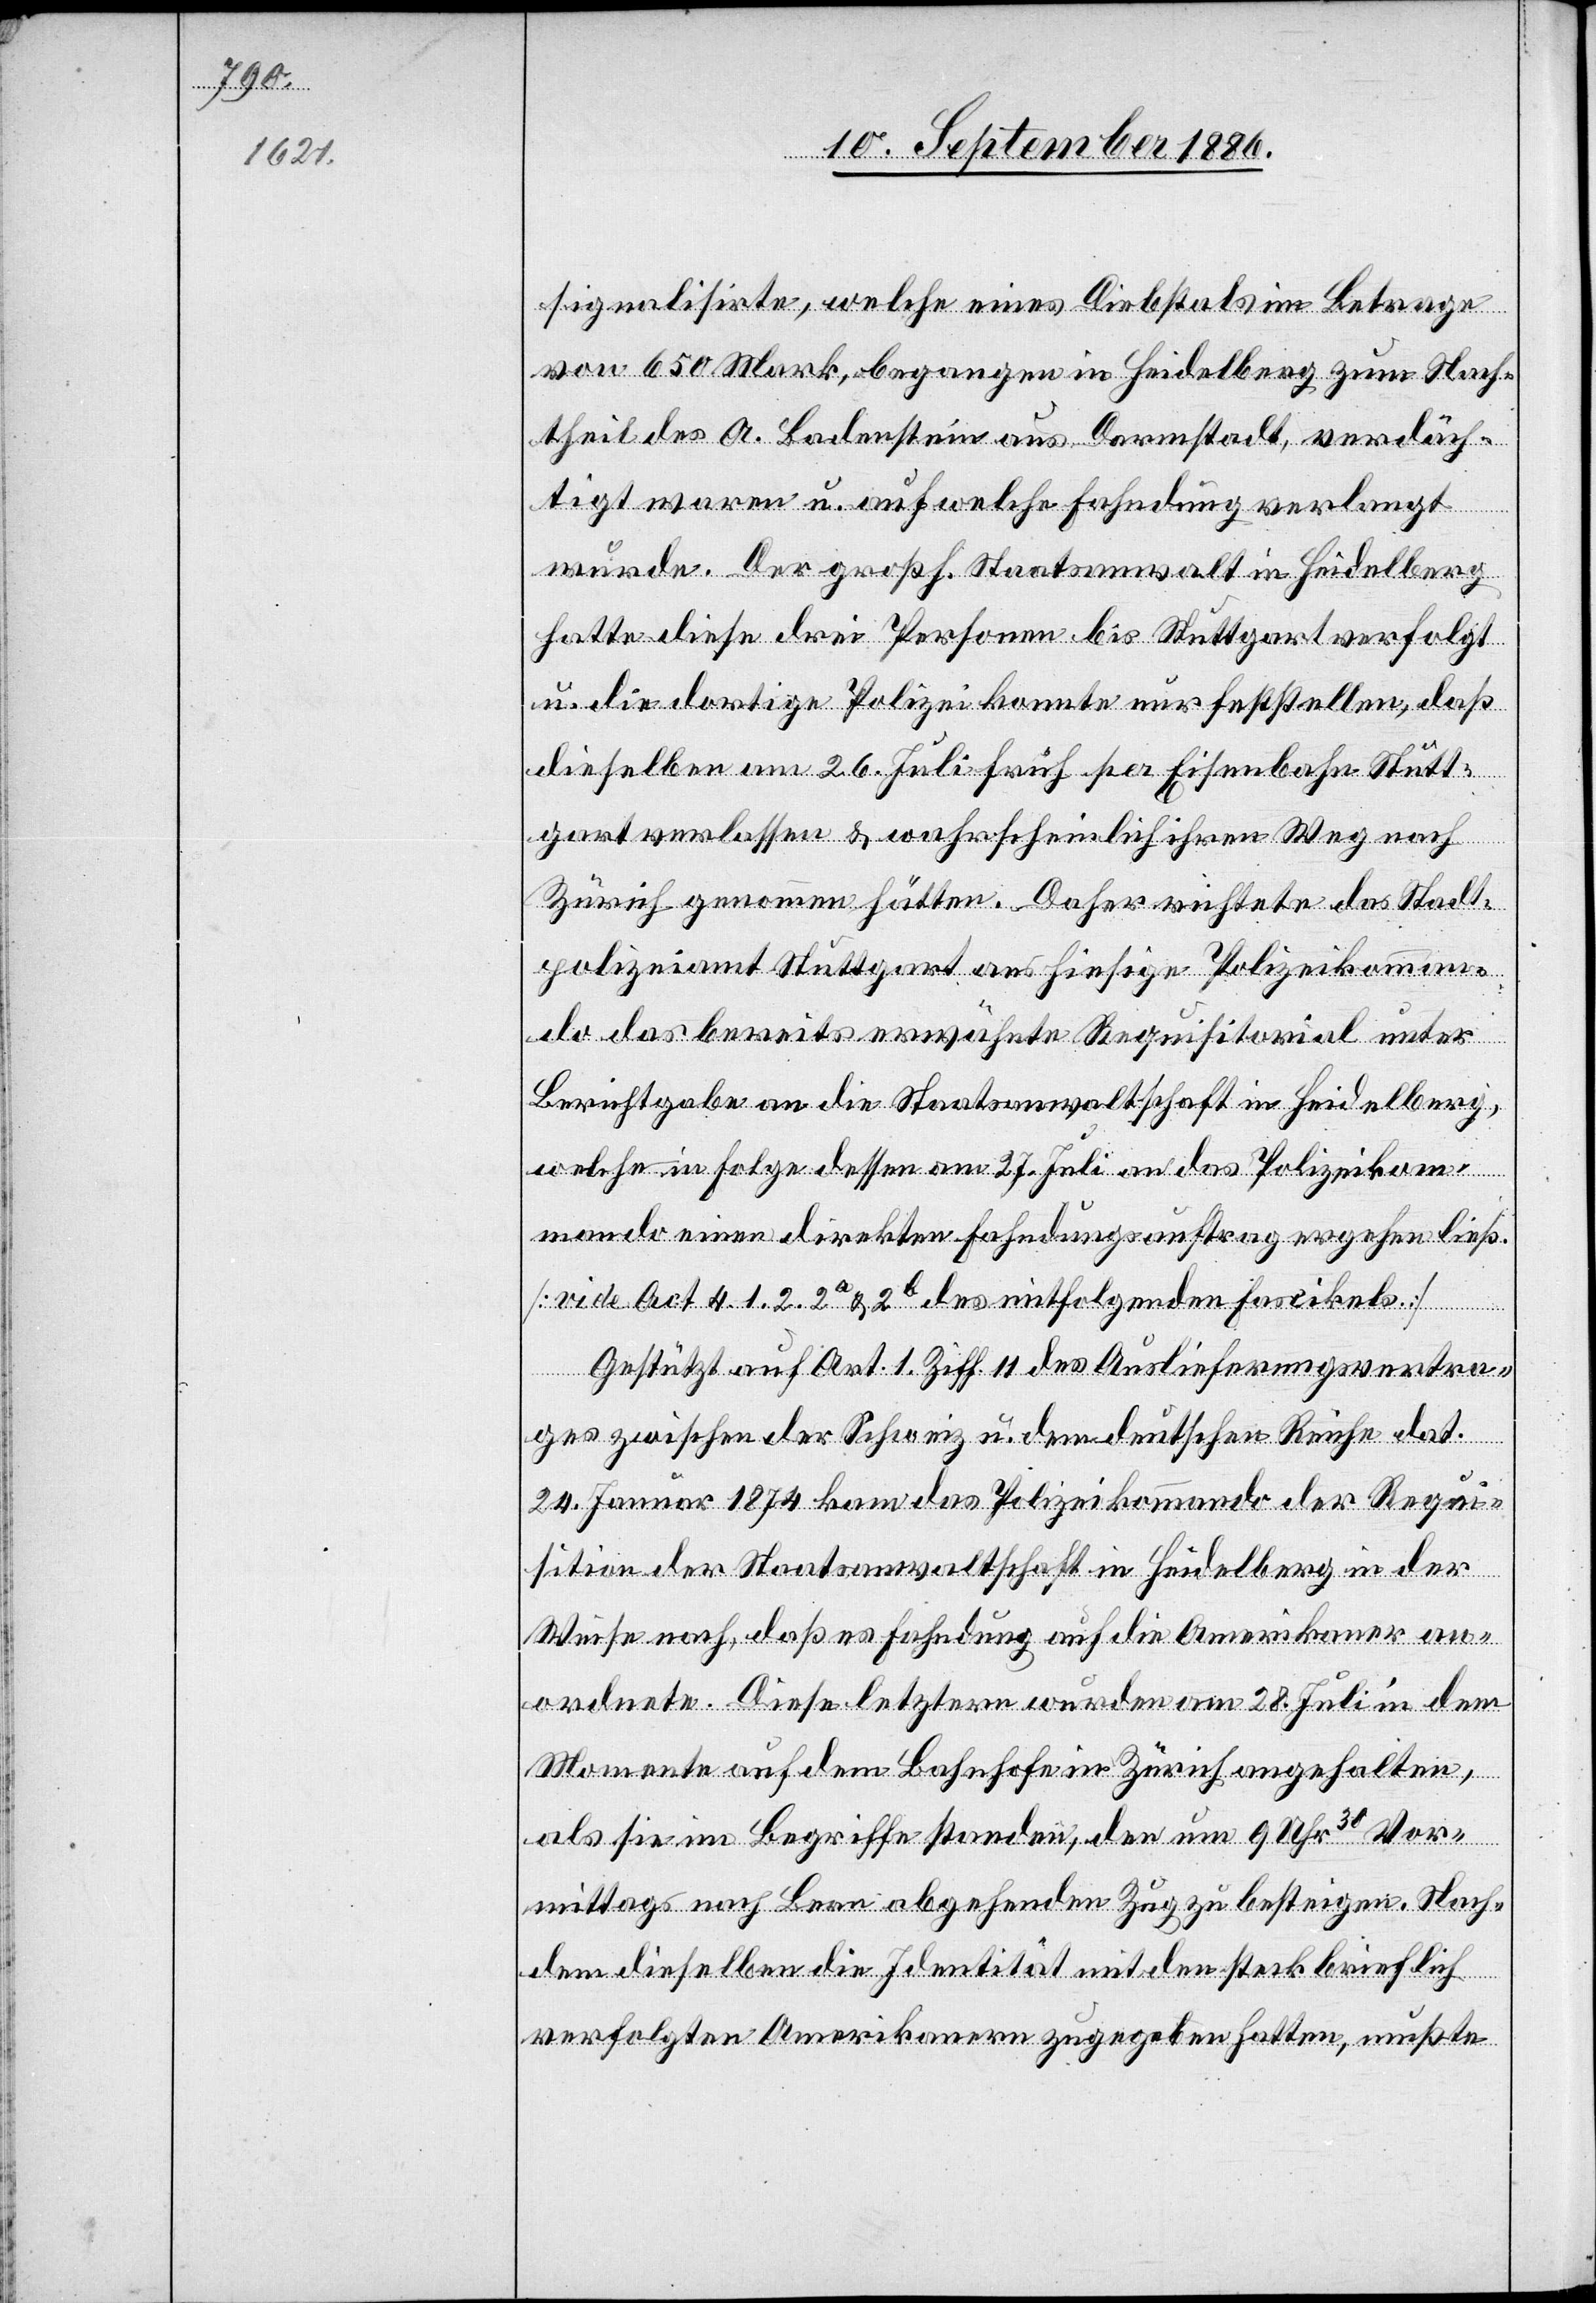
signalisirte, welche eines Diebstals im Betrage
von 650 Mark, begangen in Heidelberg zum Nach¬
theil des A. Badenstein aus Darmstadt, verdäch¬
tigt waren u. auf welche Fahndung verlangt
wurde. Der großh. Staatsanwalt in Heidelberg
hatte diese drei Personen bis Stuttgart verfolgt
u. die dortige Polizei konnte nur feststellen, daß
dieselben am 26. Juli früh per Eisenbahn Stutt¬
gart verlassen & wahrscheinlich ihren Weg nach
Zürich genommen hätten. Daher richtete das Stadt¬
polizeiamt Stuttgart ans hiesige Polizeikomman¬
do das bereits erwähnte Requisitorial unter
Berichtgabe an die Staatsanwaltschaft Heidelberg,
welche in Folge dessen am 27. Juli an das Polizeikom¬
mando einen direkten Fahndungsauftrag ergehen ließ.
[vide Act 4. 1. 2. 2a & 2b des mitfolgenden Fascikels]
Gestützt auf Art. 1, Ziff. 11 des Auslieferungsvertra¬
ges zwischen der Schweiz u. dem deutschen Reiche dat.
24. Januar 1874 kam das Polizeikommando der Requi¬
sition der Staatsanwaltschaft in Heidelberg in der
Weise nach, daß es Fahndung auf die Amerikaner an¬
ordnete. Diese letztern wurden am 28. Juli in dem
Momente auf dem Bahnhofe in Zürich angehalten,
als sie im Begriffe standen, den um 9 Uhr30 Vor¬
mittags nach Bern abgehenden Zug zu besteigen. Nach¬
dem dieselben die Identität mit den steckbrieflich
verfolgten Amerikanern zugegeben hatten, mußte